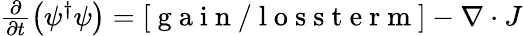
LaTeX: \begin{array}{r}{\frac{\partial}{\partial t}\left(\psi^{\dagger}\psi\right)=[\mathrm{~g~a~i~n~/~l~o~s~s~t~e~r~m~}]-\nabla\cdot J}\end{array}